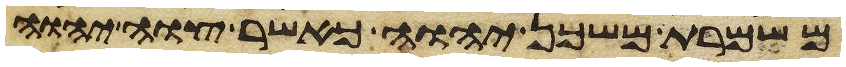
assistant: משמרת משכן יהוה כאשר צוה יהוה